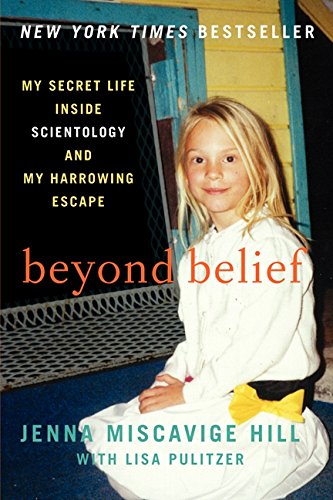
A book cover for Beyond Belief: My Secret Life Inside Scientology and My Harrowing Escape; Jenna Miscavige Hill; Religion & Spirituality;